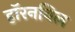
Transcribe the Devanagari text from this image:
हॉरनबिल